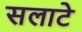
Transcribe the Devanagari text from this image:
सलाटे